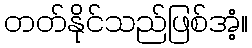
တတ်နိုင်သည်ဖြစ်အံ့။